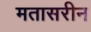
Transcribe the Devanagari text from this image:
मतासरीन